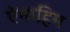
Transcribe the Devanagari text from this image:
ऐनाहिम